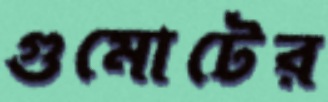
গুমোটের